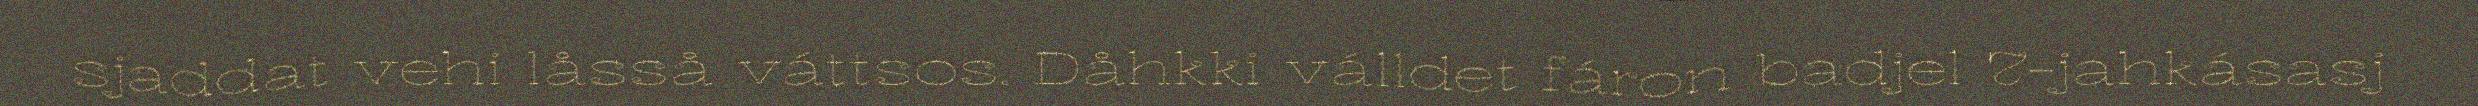
sjaddat vehi låsså váttsos. Dåhkki válldet fáron badjel 7-jahkásasj